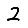
Digit: 2